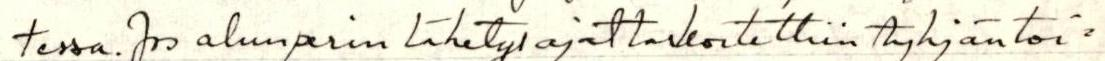
tessa. Jos alunperin lähetysajattarkoitettiin tyhjäntoi=